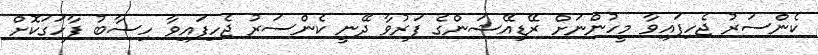
ކެންސަރު ޖެހިފައިވާ މީހުންނަށް ރޭޑިއޭޝަންގެ ފަރުވާ ދޭނީ ކެންސަރު ޖެހިފައިވާ ހިސާބު ފާހަގަކޮށް